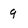
Character: 9